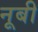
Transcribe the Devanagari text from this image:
नूबी